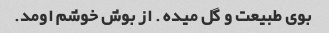
بوی طبیعت و گل میده . از بوش خوشم اومد.